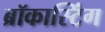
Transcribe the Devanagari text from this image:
ब्रॉकास्टिंग